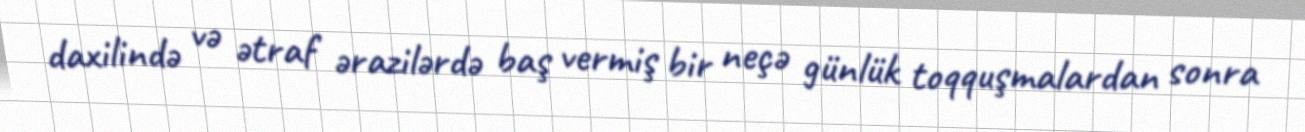
daxilində və ətraf ərazilərdə baş vermiş bir neçə günlük toqquşmalardan sonra